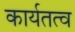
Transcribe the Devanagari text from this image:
कार्यतत्व